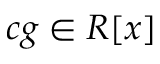
c g \in R [ x ]